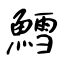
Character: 鱈